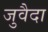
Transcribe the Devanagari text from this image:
जुवैदा